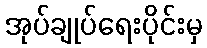
အုပ်ချုပ်ရေးပိုင်းမှ